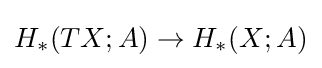
H_{*}(TX;A)\to H_{*}(X;A)